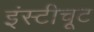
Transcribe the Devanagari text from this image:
इंस्टीचूट